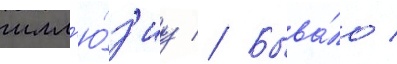
илл'ю́з'иу // Быва́ло /